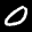
Label: 0